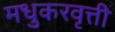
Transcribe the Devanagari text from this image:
मधुकरवृत्ती